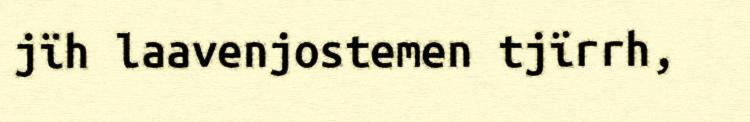
jïh laavenjostemen tjïrrh,